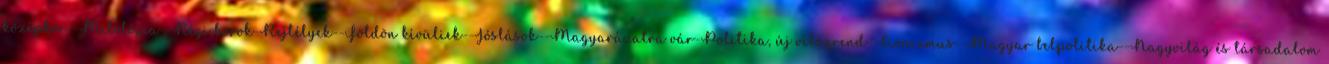
középkor--Mitológia--Régi korok-Rejtélyek--Földön kívüliek--Jóslások--Magyarázatra vár-Politika, új világrend--Cionizmus--Magyar belpolitika--Nagyvilág és társadalom